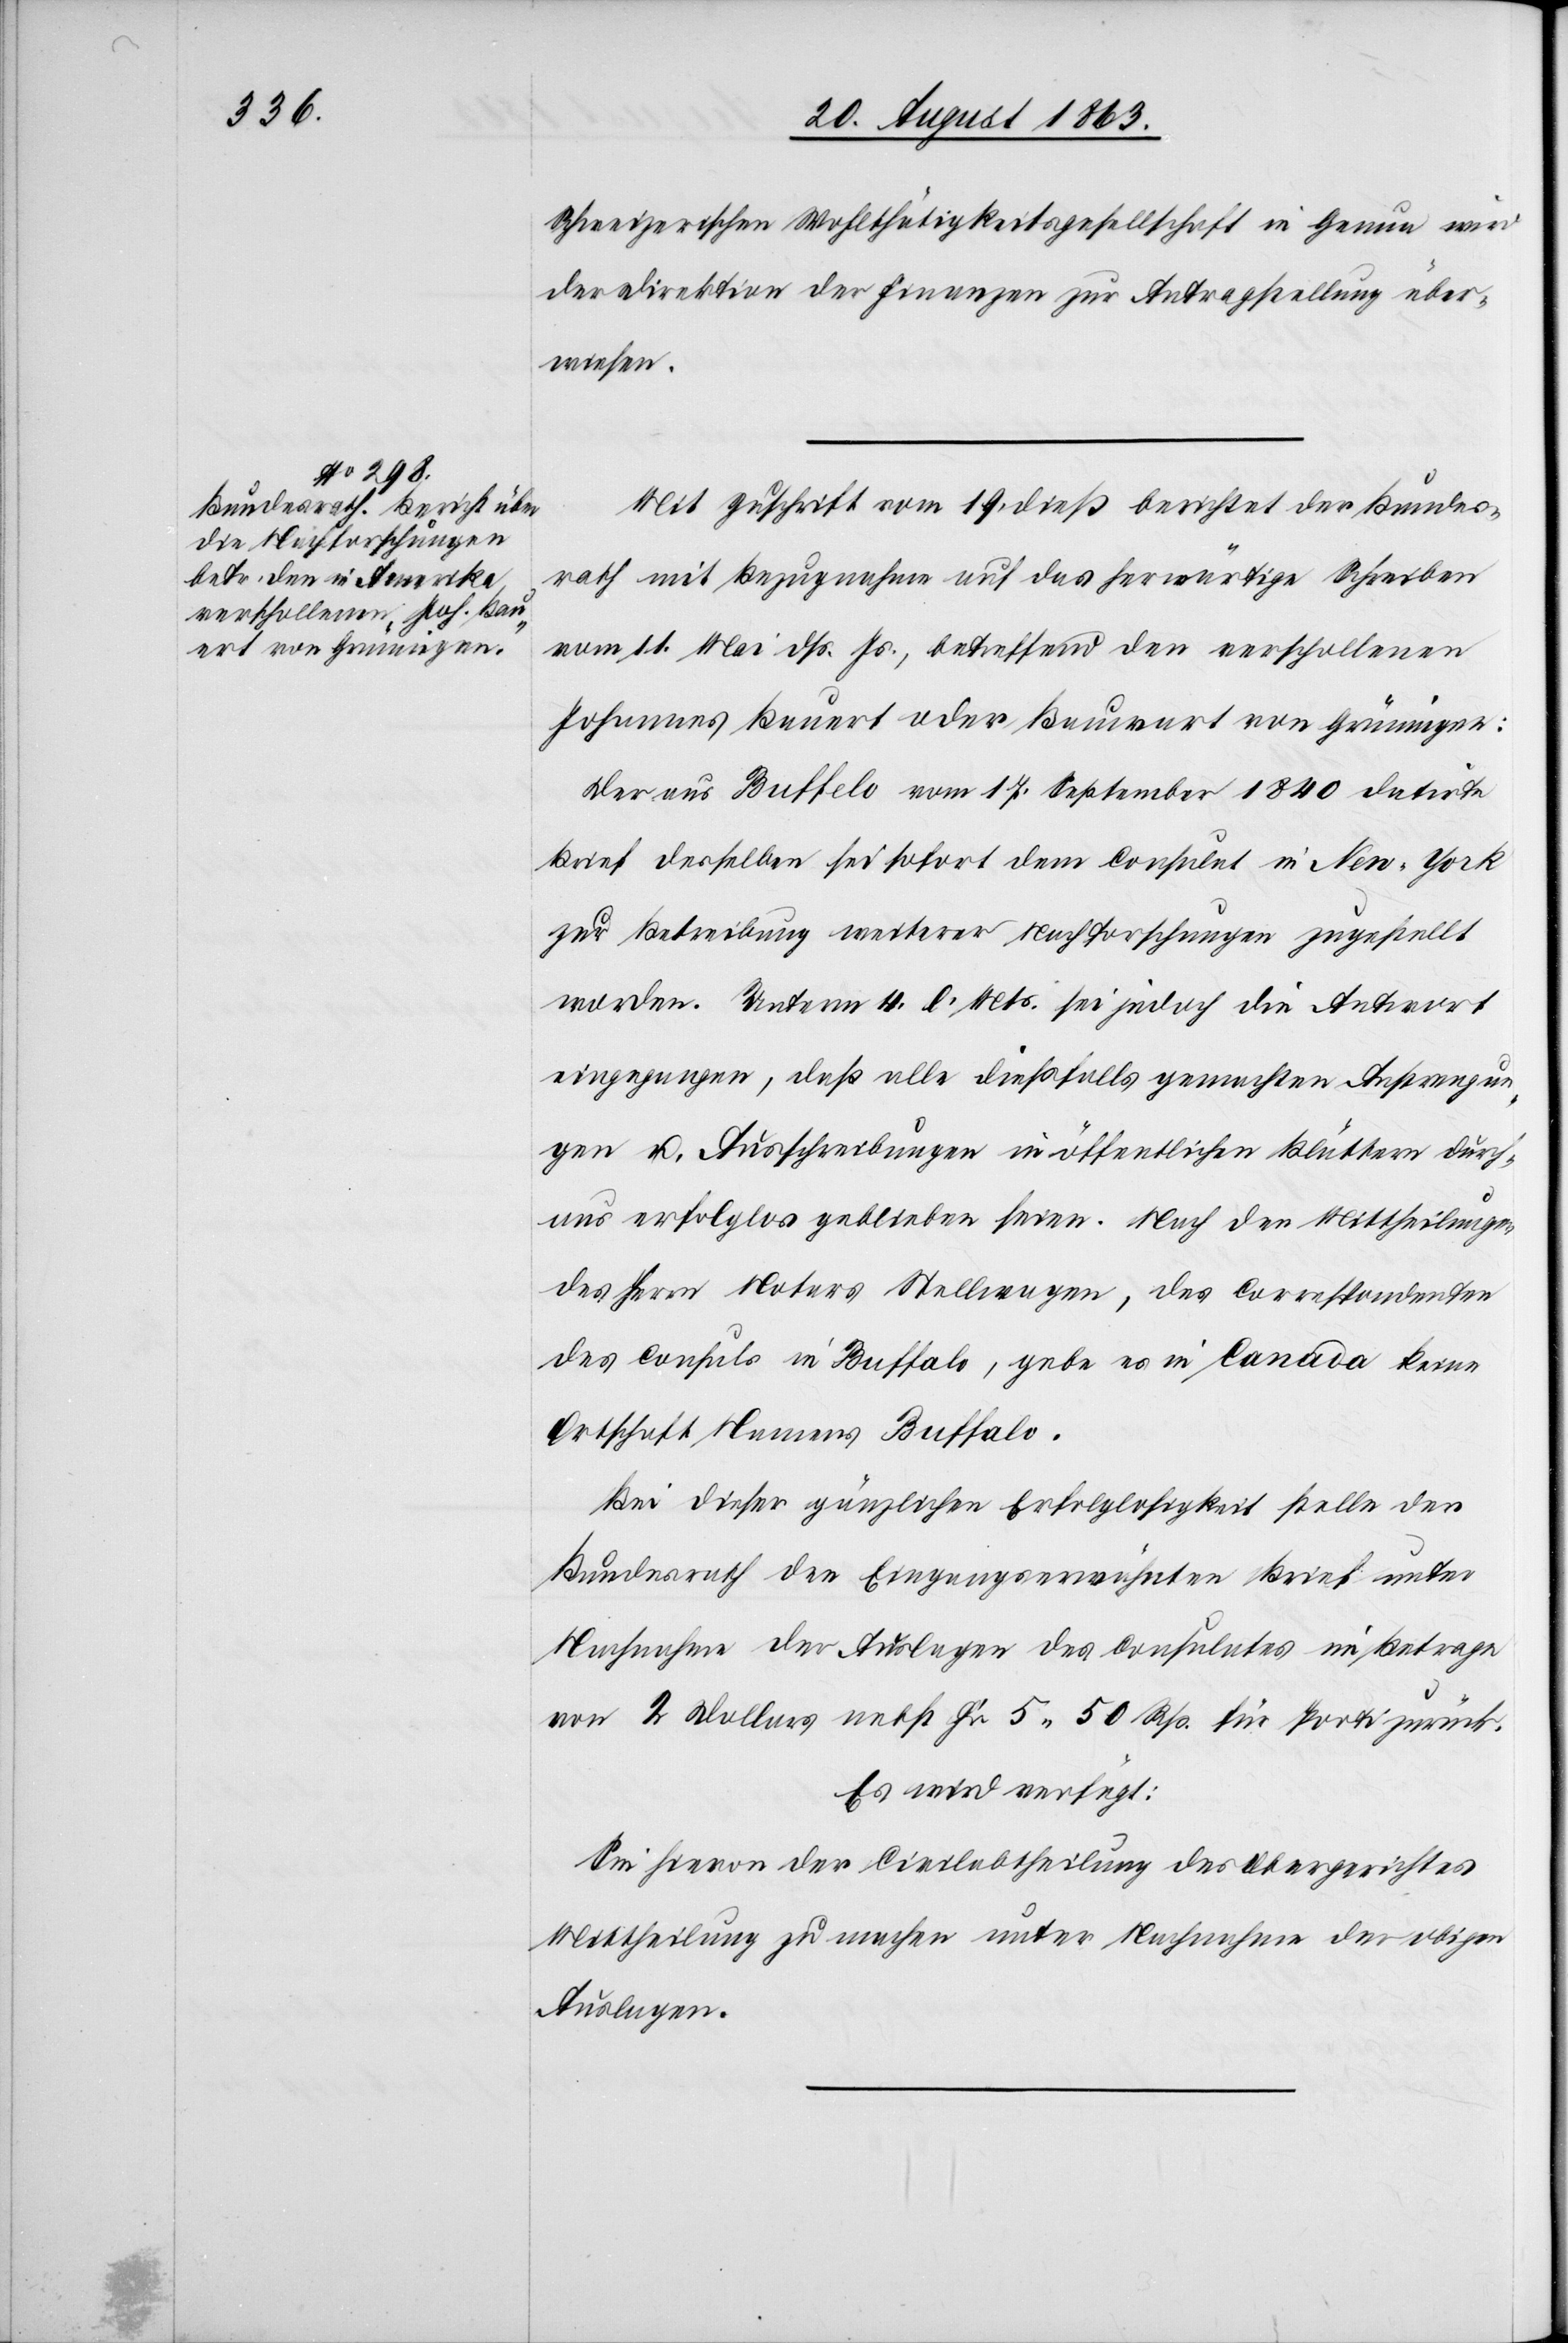
22. August 1863.]
Schweizerischen Wohlthätigkeitsgesellschaft in Genua wird
der Direktion der Finanzen zur Antragstellung über¬
wiesen.
Mit Zuschrift vom 19. dieß berichtet der Bundes¬
rath mit Bezugnahme auf das herwärtige Schreiben
vom 11. Mai dß. Js., betreffend den verschollenen
Johannes Bauert oder Bauwart von Grüningen:
Der aus Buffelo [sic!] vom 17. September 1840 datirte
Brief desselben sei sofort dem Consulat in New-York
zur Betreibung weiterer Nachforschungen zugestellt
worden. Unterm 4. l. Mts. sei jedoch die Antwort
eingegangen, daß alle dießfalls gemachten Anstrengun¬
gen u. Ausschreibungen in öffentlichen Blättern durch¬
aus erfolglos geblieben seien. Nach den Mittheilung
des Herrn Notars Stellwagen, des Correspondenten
des Consuls in Buffalo, gebe es in Canada keine
Ortschaft Namens Buffalo.
Bei dieser gänzlichen Erfolglosigkeit stelle der
Bundesrath den Eingangserwähnten Brief unter
Nachnahme der Auslagen des Consulates im Betrage
von 2 Dollars nebst Fr. 5. 50 Rp. für Porti zurück.
Es wird verfügt:
Sei hievon der Civilabtheilung des Obergerichtes
Mittheilung zu machen unter Nachnahme der obigen
Auslagen.